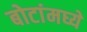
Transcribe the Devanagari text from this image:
बोटांमघ्ये